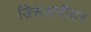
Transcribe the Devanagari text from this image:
डिसअपीयर